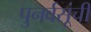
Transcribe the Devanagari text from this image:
पुनर्वसूंची